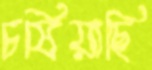
চষিয়াছি